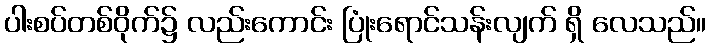
ပါးစပ်တစ်ဝိုက်၌ လည်းကောင်း ပြုံးရောင်သန်းလျက် ရှိ လေသည်။